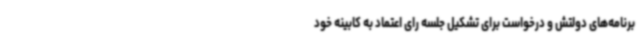
برنامه‌های دولتش و درخواست برای تشکیل جلسه رای اعتماد به کابینه خود